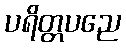
ပရိတ္တပညေ